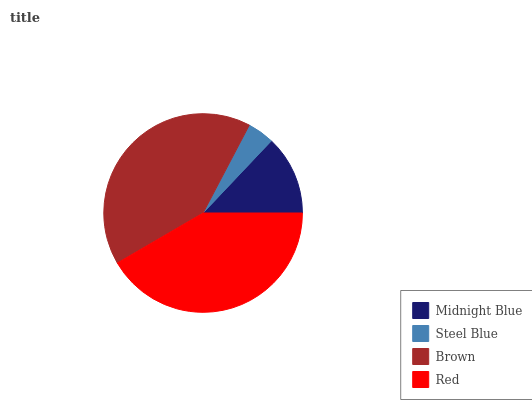
| Midnight Blue | Steel Blue | Brown | Red |
 | --- | --- | --- | --- |
 | 13% | 4.37% | 41.1% | 41.6% |